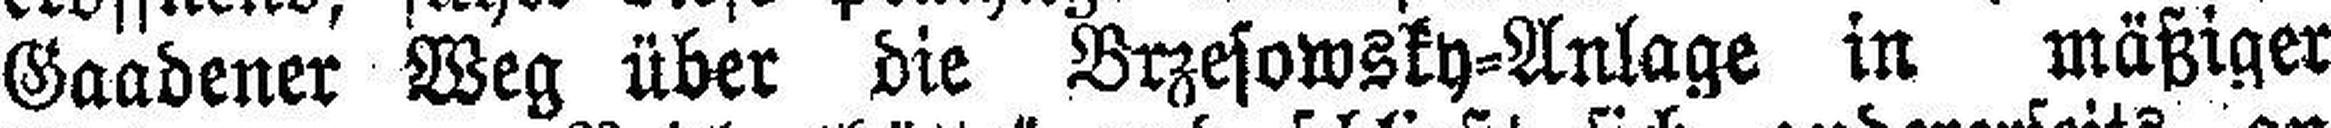
Gaadener Weg über die Brzesowsky=Anlage in mäßiger